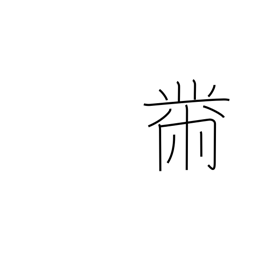
Meaning: sewing radical (no. 204)